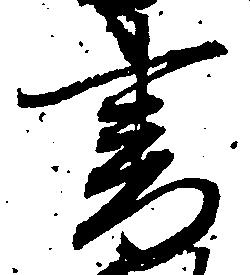
書